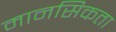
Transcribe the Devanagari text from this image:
मानसिकता